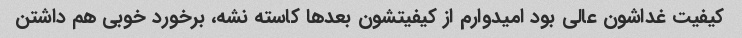
کیفیت غداشون عالی بود امیدوارم از کیفیتشون بعدها کاسته نشه، برخورد خوبی هم داشتن